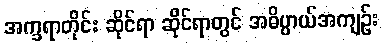
အက္ခရာတိုင်း ဆိုင်ရာ ဆိုင်ရာတွင် အဓိပ္ပာယ်အကျဉ်း